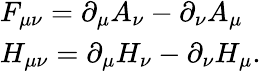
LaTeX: \begin{array}{ll}{{F_{\mu\nu}=\partial_{\mu}A_{\nu}-\partial_{\nu}A_{\mu}}}\\ {{H_{\mu\nu}=\partial_{\mu}H_{\nu}-\partial_{\nu}H_{\mu}.}}\end{array}